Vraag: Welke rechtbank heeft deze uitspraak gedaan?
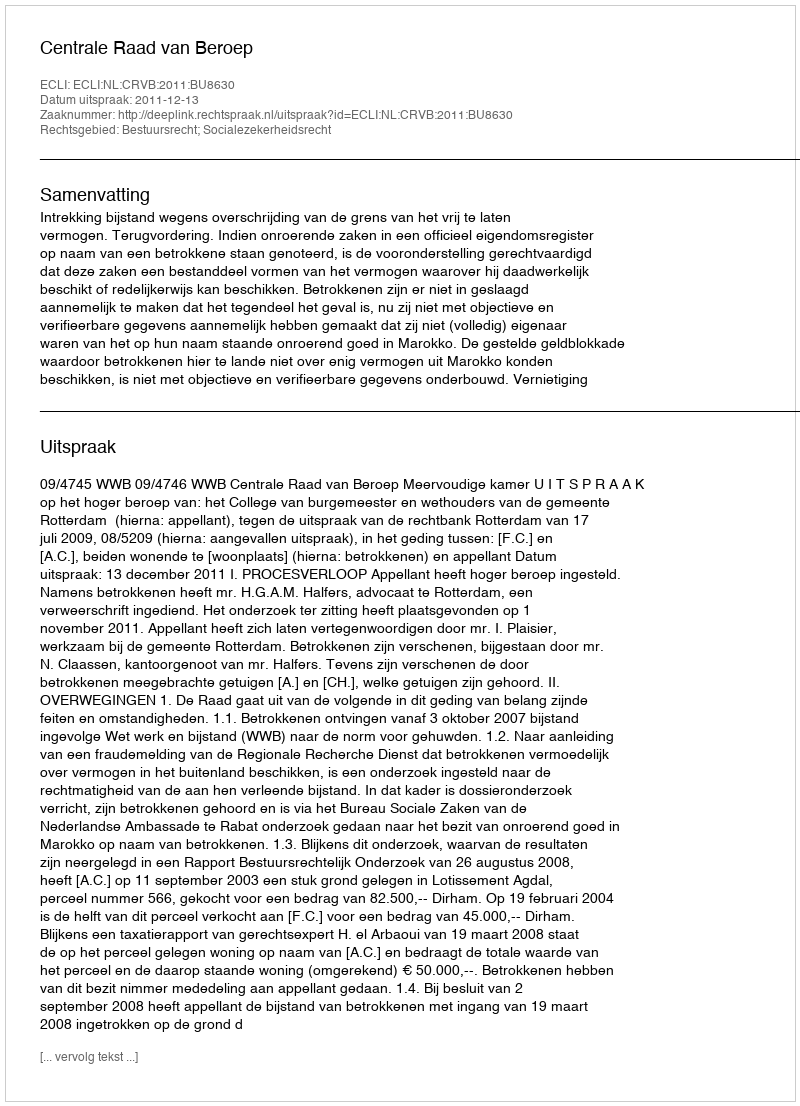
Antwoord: Centrale Raad van Beroep